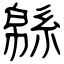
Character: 緜